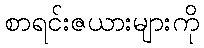
စာရင်းဇယားများကို